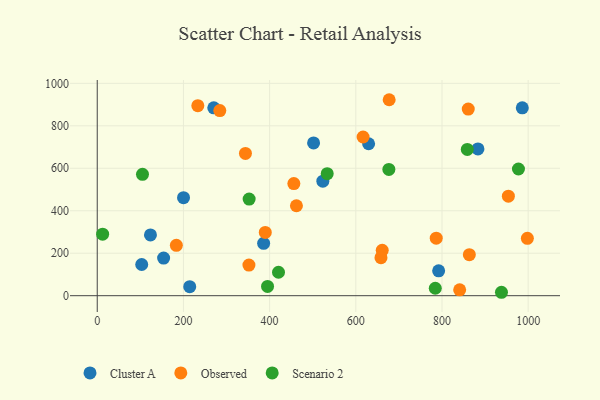
{"axis": {"x": "Speed", "y": "Profit"}, "legend": ["Cluster A", "Observed", "Scenario 2"], "data": [{"x": "270.4", "y": 884.5, "type": "Cluster A"}, {"x": "792.2", "y": 117.1, "type": "Cluster A"}, {"x": "200.2", "y": 461.6, "type": "Cluster A"}, {"x": "214.6", "y": 42.7, "type": "Cluster A"}, {"x": "154.0", "y": 177.2, "type": "Cluster A"}, {"x": "883.4", "y": 691.2, "type": "Cluster A"}, {"x": "502.0", "y": 719.5, "type": "Cluster A"}, {"x": "386.1", "y": 246.7, "type": "Cluster A"}, {"x": "629.7", "y": 715.6, "type": "Cluster A"}, {"x": "123.5", "y": 286.1, "type": "Cluster A"}, {"x": "523.5", "y": 539.4, "type": "Cluster A"}, {"x": "986.3", "y": 884.8, "type": "Cluster A"}, {"x": "103.2", "y": 146.8, "type": "Cluster A"}, {"x": "183.6", "y": 237.4, "type": "Observed"}, {"x": "677.4", "y": 922.8, "type": "Observed"}, {"x": "661.3", "y": 214.1, "type": "Observed"}, {"x": "658.4", "y": 179.1, "type": "Observed"}, {"x": "462.2", "y": 423.5, "type": "Observed"}, {"x": "343.9", "y": 670.0, "type": "Observed"}, {"x": "616.9", "y": 747.3, "type": "Observed"}, {"x": "389.9", "y": 297.7, "type": "Observed"}, {"x": "998.1", "y": 270.3, "type": "Observed"}, {"x": "233.4", "y": 894.9, "type": "Observed"}, {"x": "456.2", "y": 527.8, "type": "Observed"}, {"x": "284.4", "y": 871.8, "type": "Observed"}, {"x": "841.0", "y": 27.5, "type": "Observed"}, {"x": "352.0", "y": 144.3, "type": "Observed"}, {"x": "860.9", "y": 878.8, "type": "Observed"}, {"x": "786.6", "y": 270.7, "type": "Observed"}, {"x": "954.0", "y": 468.4, "type": "Observed"}, {"x": "863.4", "y": 193.0, "type": "Observed"}, {"x": "676.7", "y": 594.6, "type": "Scenario 2"}, {"x": "858.7", "y": 688.8, "type": "Scenario 2"}, {"x": "352.5", "y": 454.9, "type": "Scenario 2"}, {"x": "420.6", "y": 110.3, "type": "Scenario 2"}, {"x": "533.6", "y": 574.4, "type": "Scenario 2"}, {"x": "105.0", "y": 571.6, "type": "Scenario 2"}, {"x": "12.5", "y": 289.5, "type": "Scenario 2"}, {"x": "395.2", "y": 43.5, "type": "Scenario 2"}, {"x": "977.4", "y": 596.7, "type": "Scenario 2"}, {"x": "938.0", "y": 16.1, "type": "Scenario 2"}, {"x": "784.4", "y": 35.1, "type": "Scenario 2"}]}